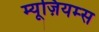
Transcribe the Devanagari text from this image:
म्यूज़ियम्स